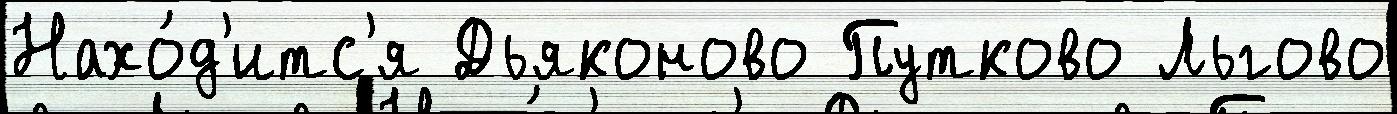
Нахо́д'итс'я Дьяконово Путково Льгово